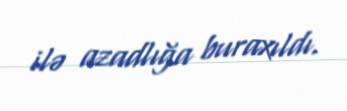
ilə azadlığa buraxıldı.